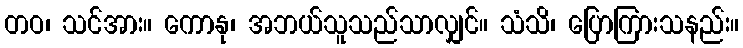
တဝ၊ သင်အား။ ကောနု၊ အဘယ်သူသည်သာလျှင်။ သံသိ၊ ပြောကြားသနည်း။